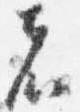
者